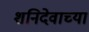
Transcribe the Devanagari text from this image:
शनिदेवाच्या